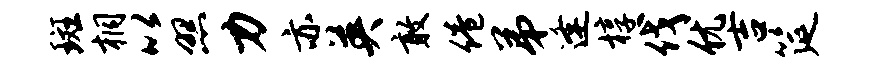
斑桐以照力亦英敢倦弟逢椁伐优吉筵